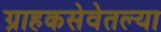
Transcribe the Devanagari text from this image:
ग्राहकसेवेतल्या